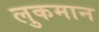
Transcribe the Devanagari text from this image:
लुकमान